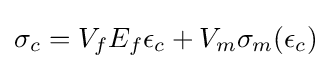
\sigma _{c}=V_{f}E_{f}\epsilon _{c}+V_{m}\sigma _{m}(\epsilon _{c})